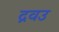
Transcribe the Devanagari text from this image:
द्रवउ